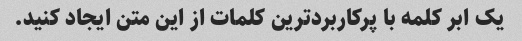
یک ابر کلمه با پرکاربردترین کلمات از این متن ایجاد کنید.